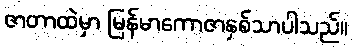
ဇာတာထဲမှာ မြန်မာကောဇာနှစ်သာပါသည်။